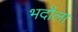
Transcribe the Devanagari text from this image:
भदौला